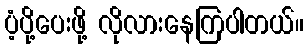
ပံ့ပို့ပေးဖို့ လိုလားနေကြပါတယ်။